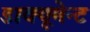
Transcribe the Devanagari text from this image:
डाक्यूमेन्ट